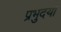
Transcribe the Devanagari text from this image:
प्रभुदया